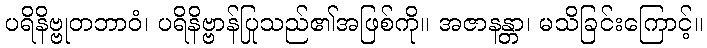
ပရိနိဗ္ဗုတဘာဝံ၊ ပရိနိဗ္ဗာန်ပြုသည်၏အဖြစ်ကို။ အဇာနန္တာ၊ မသိခြင်းကြောင့်။